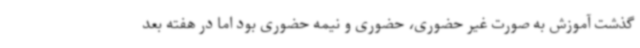
گذشت آموزش به صورت غیر حضوری، حضوری و نیمه حضوری بود اما در هفته بعد